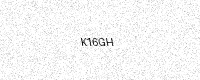
Text: K16GH